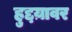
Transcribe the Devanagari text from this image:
हुद्दय़ावर